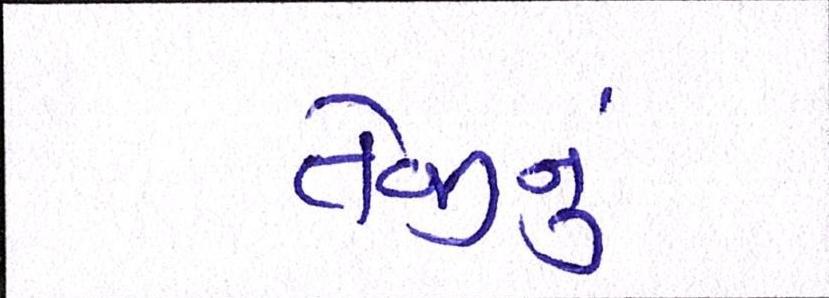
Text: તેજીનું